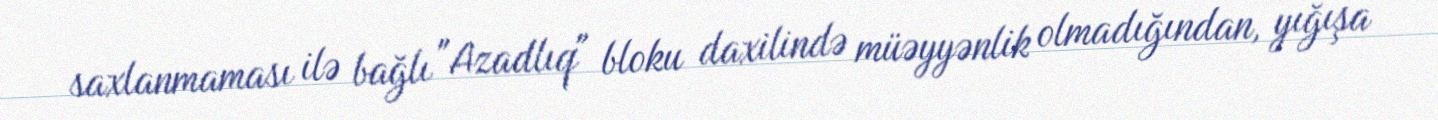
saxlanmaması ilə bağlı "Azadlıq" bloku daxilində müəyyənlik olmadığından, yığışa